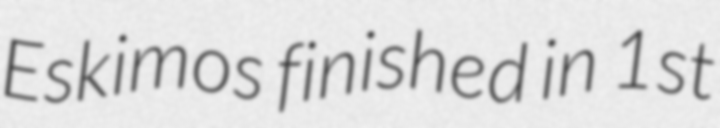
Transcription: Eskimos finished in 1st